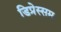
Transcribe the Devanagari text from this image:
डिप्रेस्सम